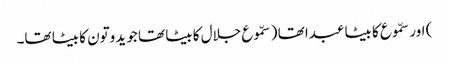
) اور سمّوع کا بیٹا عبدا تھا ( سمّوع جلال کا بیٹا تھا جو یدوتون کا بیٹا تھا۔